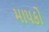
માપકો